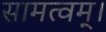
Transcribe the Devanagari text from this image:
सामत्वम्‌।